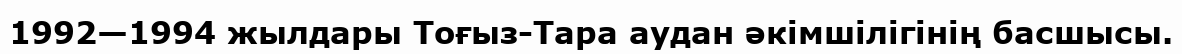
1992—1994 жылдары Тоғыз-Тара аудан әкімшілігінің басшысы.